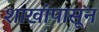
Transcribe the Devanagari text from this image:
शाखांपासून